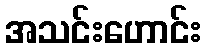
အသင်းဟောင်း